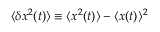
\langle \delta x ^ { 2 } ( t ) \rangle \equiv \langle x ^ { 2 } ( t ) \rangle - \langle x ( t ) \rangle ^ { 2 }